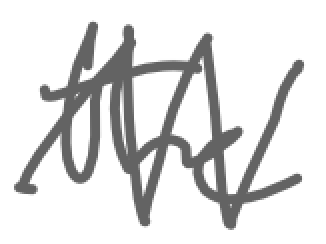
Text: the
Cross-out: mix
Writing tool: digital_gray